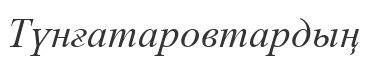
Түнғатаровтардың